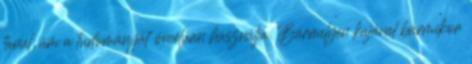
tanul, ám a tudományát öncélúan használja. Bármilyen kajával bármikor